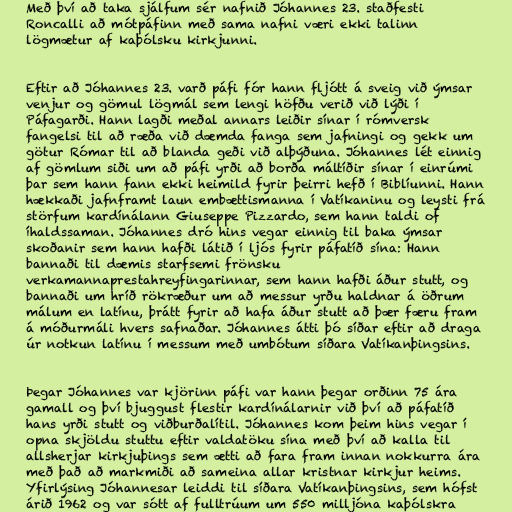
Með því að taka sjálfum sér nafnið Jóhannes 23. staðfesti
Roncalli að mótpáfinn með sama nafni væri ekki talinn
lögmætur af kaþólsku kirkjunni.

Eftir að Jóhannes 23. varð páfi fór hann fljótt á sveig við ýmsar
venjur og gömul lögmál sem lengi höfðu verið við lýði í
Páfagarði. Hann lagði meðal annars leiðir sínar í rómversk
fangelsi til að ræða við dæmda fanga sem jafningi og gekk um
götur Rómar til að blanda geði við alþýðuna. Jóhannes lét einnig
af gömlum siði um að páfi yrði að borða máltíðir sínar í einrúmi
þar sem hann fann ekki heimild fyrir þeirri hefð í Biblíunni. Hann
hækkaði jafnframt laun embættismanna í Vatíkaninu og leysti frá
störfum kardínálann Giuseppe Pizzardo, sem hann taldi of
íhaldssaman. Jóhannes dró hins vegar einnig til baka ýmsar
skoðanir sem hann hafði látið í ljós fyrir páfatíð sína: Hann
bannaði til dæmis starfsemi frönsku
verkamannaprestahreyfingarinnar, sem hann hafði áður stutt, og
bannaði um hríð rökræður um að messur yrðu haldnar á öðrum
málum en latínu, þrátt fyrir að hafa áður stutt að þær færu fram
á móðurmáli hvers safnaðar. Jóhannes átti þó síðar eftir að draga
úr notkun latínu í messum með umbótum síðara Vatíkanþingsins.

Þegar Jóhannes var kjörinn páfi var hann þegar orðinn 75 ára
gamall og því bjuggust flestir kardínálarnir við því að páfatíð
hans yrði stutt og viðburðalítil. Jóhannes kom þeim hins vegar í
opna skjöldu stuttu eftir valdatöku sína með því að kalla til
allsherjar kirkjuþings sem ætti að fara fram innan nokkurra ára
með það að markmiði að sameina allar kristnar kirkjur heims.
Yfirlýsing Jóhannesar leiddi til síðara Vatíkanþingsins, sem hófst
árið 1962 og var sótt af fulltrúum um 550 milljóna kaþólskra